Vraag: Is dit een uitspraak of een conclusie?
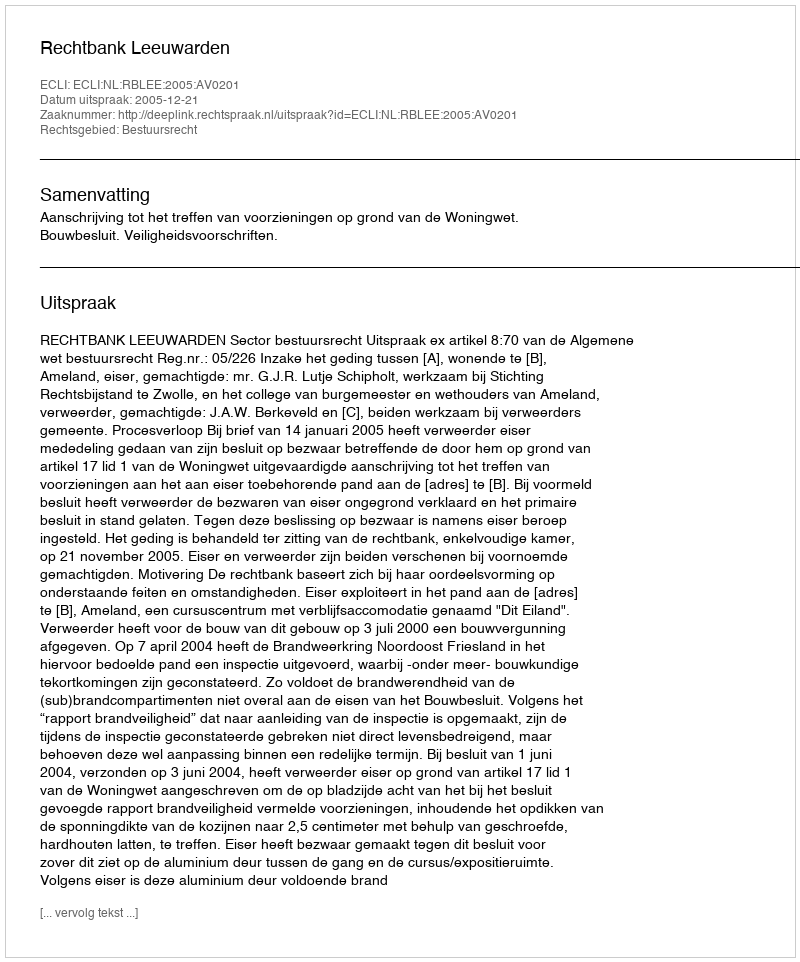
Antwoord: Uitspraak